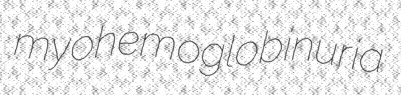
myohemoglobinuria